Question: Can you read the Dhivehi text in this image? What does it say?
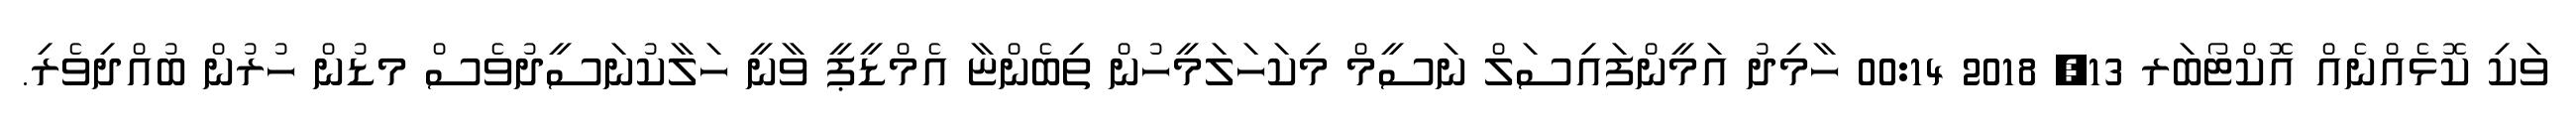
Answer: ވަކި ކޮޅެއްނެއް އޮކްޓޯބަރ 13, 2018 00:14 ހާމިދު އަމީންފައިސަލް ނަސީމް މިކަހަލަމީހުން ތިބެންޏާ އެމްޑީޕީ ވާނީ ހަލާކުނަސީދުވެސް މޑުން ހުރުން ބުއްދިވެރި.